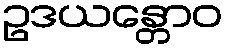
ဥဒယန္တောဝ